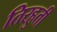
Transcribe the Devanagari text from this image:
तिरहुती